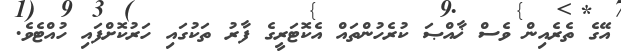
އޭގެ ތެރެއިން ވެސް ޚާއްޞަ ކުރެހުންތައް އެކޮޓަރީގެ ފާރު ތަކުގައި ހަރުކޮށްފައި ހުއްޓެވެ.